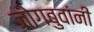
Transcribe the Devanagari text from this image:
जोगबुवांनी